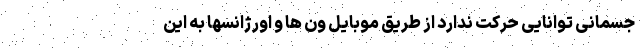
جسمانی توانایی حرکت ندارد از طریق موبایل ون ها و اورژانسها به این